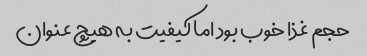
حجم غذا خوب بود اما کیفیت به هیچ عنوان